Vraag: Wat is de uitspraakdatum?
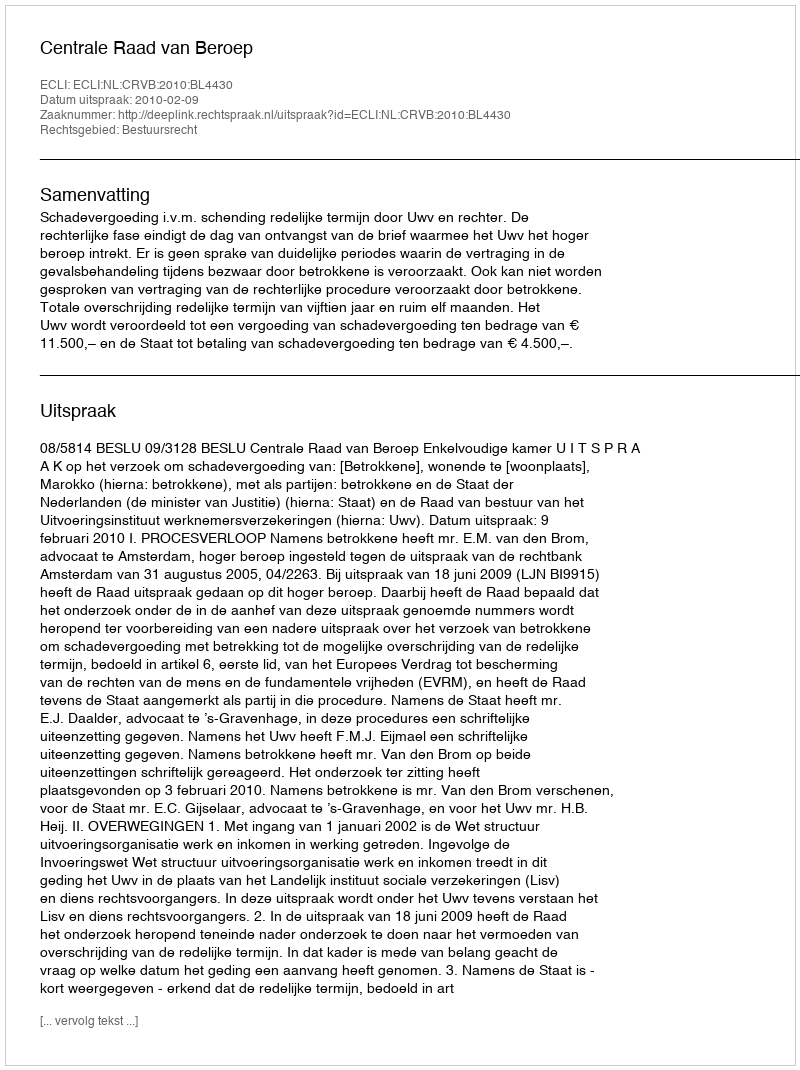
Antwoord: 2010-02-09